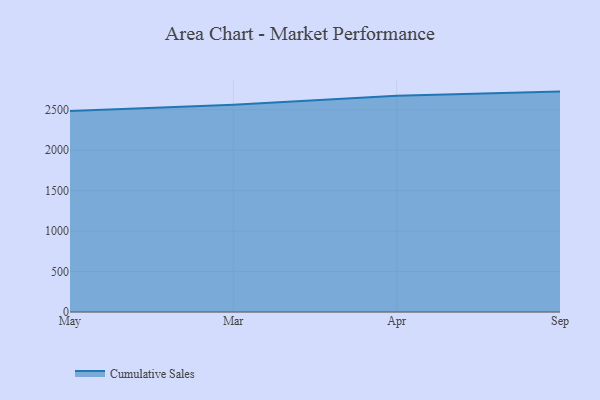
{"axis": {"x": "Month", "y": "Gross Profit (USD K)"}, "legend": ["Cumulative Sales"], "data": [{"x": "May", "y": 2482.3, "type": "Cumulative Sales"}, {"x": "Mar", "y": 2560.1, "type": "Cumulative Sales"}, {"x": "Apr", "y": 2673.0, "type": "Cumulative Sales"}, {"x": "Sep", "y": 2723.0, "type": "Cumulative Sales"}]}